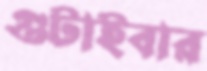
গুটাইবার